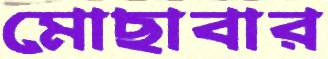
মোছাবার